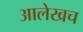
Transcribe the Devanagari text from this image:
अालेखच